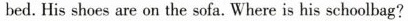
bed. His shoes are on the sofa. Where is his schoolbag?